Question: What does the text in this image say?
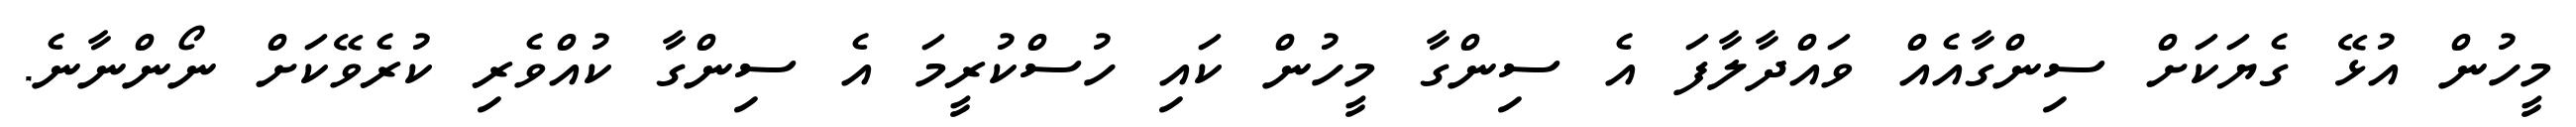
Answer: މީހުން އުޅޭ ގެޔަކަށް ސިންގާއެއް ވައްދާލާފަ އެ ސިންގާ މީހުން ކައި ހުސްކުރީމަ އެ ސިންގާ ކުއްވެރި ކުރެވޭކަށް ނޯންނާނެ.